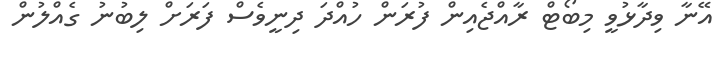
އޭނާ ވިދާޅުވީ މިބޯޓް ރާއްޖެއިން ފުރަން ހުއްދަ ދިނީވެސް ފަރަށް ލިބުނު ގެއްލުން